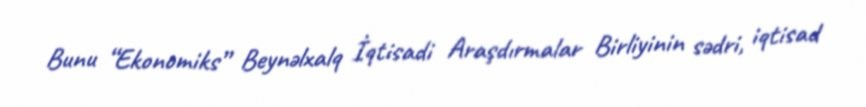
Bunu “Ekonomiks” Beynəlxalq İqtisadi Araşdırmalar Birliyinin sədri, iqtisad